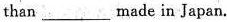
than___made in Japan.